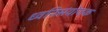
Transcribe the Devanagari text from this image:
ध्वनिसंयोजक